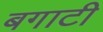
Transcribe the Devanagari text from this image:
बगाटी